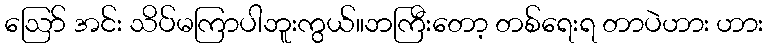
ဪ အင်း သိပ်မကြာပါဘူးကွယ်။ဘကြီးတော့ တစ်ရေးရ တာပဲဟား ဟား